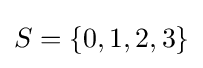
S=\{0,1,2,3\}